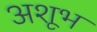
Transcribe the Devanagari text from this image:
अशूभ